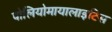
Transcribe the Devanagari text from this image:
पोलियोमायालाइटिस